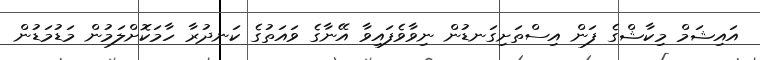
އައިޝަމް މިކާޝްގެ ފަން އިސްތަށިގަނޑުން ނިވާވެފައިވާ އޭނާގެ ވައަތުގެ ކަނދުރާ ހާމަކޮށްލަމުން މަޑުމަޑުން